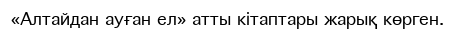
«Алтайдан ауған ел» атты кітаптары жарық көрген.